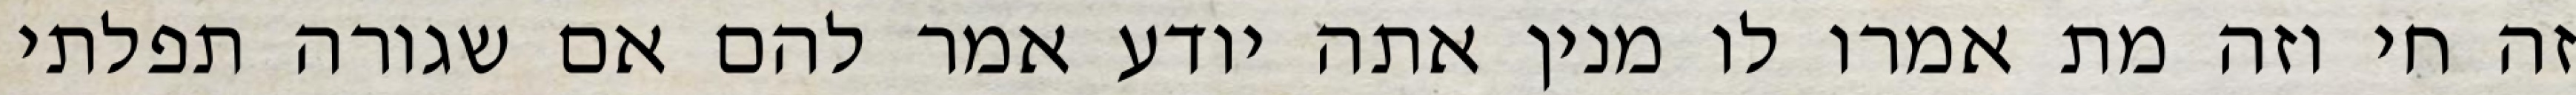
זה חי וזה מת אמרו לו מנין אתה יודע אמר להם אם שגורה תפלתי